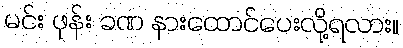
မင်း ဖုန်း ခဏ နားထောင်ပေးလို့ရလား။